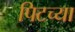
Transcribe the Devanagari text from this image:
पिटच्या